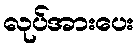
လုပ်အားပေး